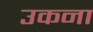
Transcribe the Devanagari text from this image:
उकना